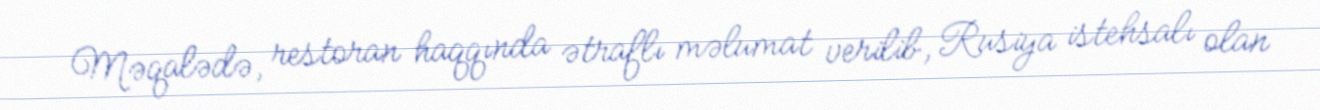
Məqalədə, restoran haqqında ətraflı məlumat verilib, Rusiya istehsalı olan